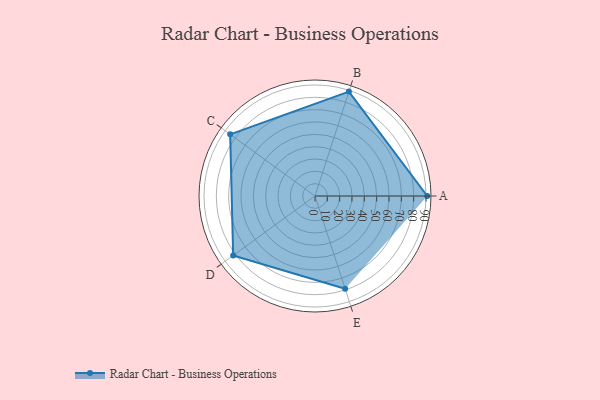
{"axis": {"x": "Skill", "y": "Score"}, "legend": ["Profile"], "data": [{"x": "A", "y": 91.0, "type": "Profile"}, {"x": "B", "y": 89.0, "type": "Profile"}, {"x": "C", "y": 85.0, "type": "Profile"}, {"x": "D", "y": 82.0, "type": "Profile"}, {"x": "E", "y": 79.0, "type": "Profile"}]}